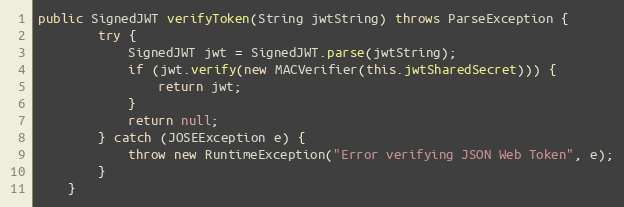
Language: Java
public SignedJWT verifyToken(String jwtString) throws ParseException {
        try {
            SignedJWT jwt = SignedJWT.parse(jwtString);
            if (jwt.verify(new MACVerifier(this.jwtSharedSecret))) {
                return jwt;
            }
            return null;
        } catch (JOSEException e) {
            throw new RuntimeException("Error verifying JSON Web Token", e);
        }
    }